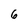
Character: 6